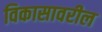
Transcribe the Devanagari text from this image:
विकासावरील